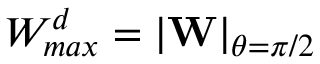
W _ { m a x } ^ { d } = | \mathbf { W } | _ { \theta = \pi / 2 }